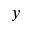
y